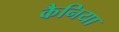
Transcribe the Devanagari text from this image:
कैनिया